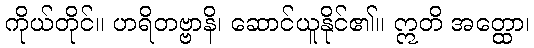
ကိုယ်တိုင်။ ဟရိတဗ္ဗာနိ၊ ဆောင်ယူနိုင်၏။ ဣတိ အတ္ထော၊